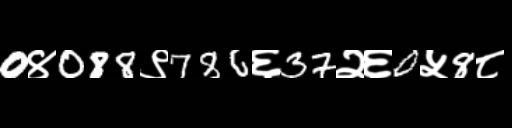
Text: 0४088९786६37२६0५8८